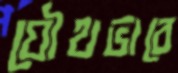
যৌথভাবে